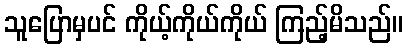
သူပြောမှပင် ကိုယ့်ကိုယ်ကိုယ် ကြည့်မိသည်။